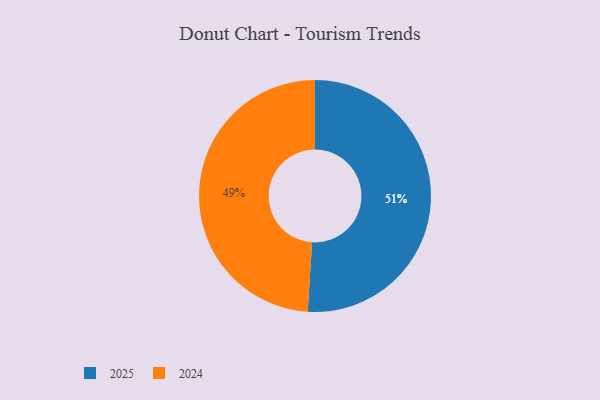
{"axis": {"x": "Category", "y": "Percentage"}, "legend": ["2024", "2025"], "data": [{"x": "2024", "y": 49, "type": "2024"}, {"x": "2025", "y": 51, "type": "2025"}]}